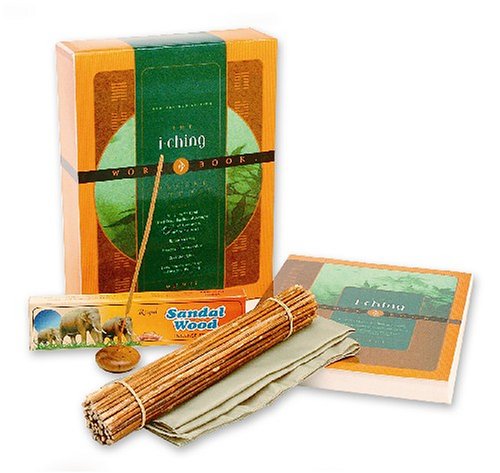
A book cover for The I Ching Workbook Gift Set; Wu Wei; Religion & Spirituality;